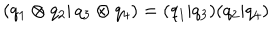
( q _ { 1 } \otimes q _ { 2 } \vert \, q _ { 3 } \otimes q _ { 4 } ) = ( q _ { 1 } \vert q _ { 3 } ) ( q _ { 2 } \vert q _ { 4 } )